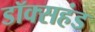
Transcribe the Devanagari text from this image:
डॉक्सहंड